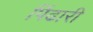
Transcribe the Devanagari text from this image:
पिंढारी